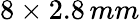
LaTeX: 8\times 2.8\, mm